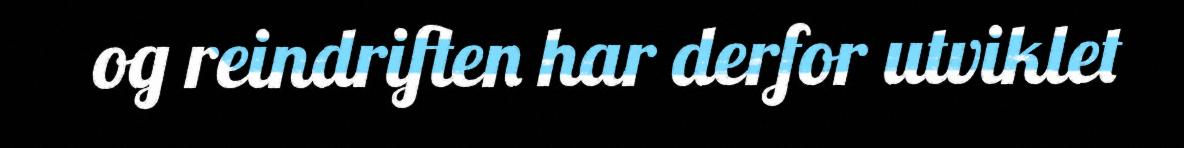
og reindriften har derfor utviklet